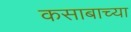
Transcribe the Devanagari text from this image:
कसाबाच्या